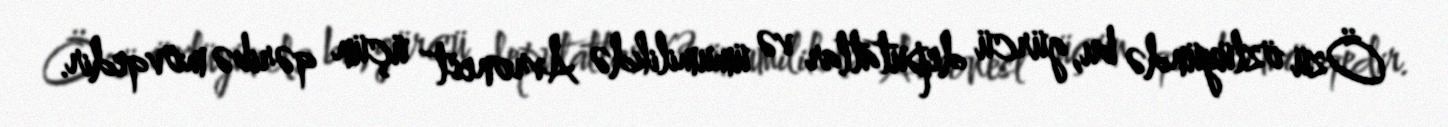
Özü özlüyündə bu, gürcü deputatlar və ümumilikdə Avronest üçün qəribə mövqedir.